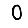
Digit: 0